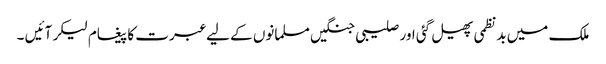
ملک میں بدنظمی پھیل گئی اور صلیبی جنگیں مسلمانوں کے لیے عبرت کا پیغام لیکر آئیں ۔